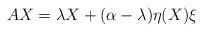
LaTeX: \begin{align*}AX=\lambda X+(\alpha-\lambda)\eta(X)\xi\end{align*}